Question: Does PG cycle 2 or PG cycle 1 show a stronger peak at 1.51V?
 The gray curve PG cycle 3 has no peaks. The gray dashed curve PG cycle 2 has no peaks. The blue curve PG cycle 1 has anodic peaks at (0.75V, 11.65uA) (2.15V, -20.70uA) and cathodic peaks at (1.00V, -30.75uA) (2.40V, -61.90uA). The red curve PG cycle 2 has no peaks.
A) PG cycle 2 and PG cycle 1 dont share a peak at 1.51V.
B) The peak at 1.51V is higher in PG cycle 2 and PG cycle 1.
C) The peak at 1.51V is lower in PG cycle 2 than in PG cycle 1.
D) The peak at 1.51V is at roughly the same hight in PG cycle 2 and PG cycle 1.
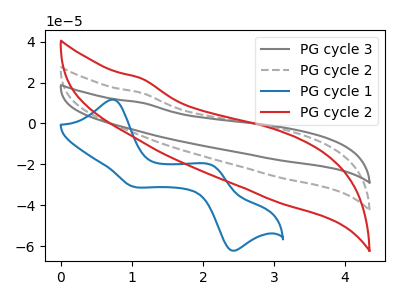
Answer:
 <answer>A) "PG cycle 2" and "PG cycle 1" dont share a peak at 1.51V.</answer>
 <eval>A</eval>